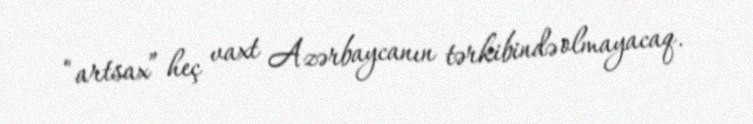
“artsax” heç vaxt Azərbaycanın tərkibində olmayacaq.